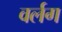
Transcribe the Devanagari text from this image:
वर्लग